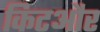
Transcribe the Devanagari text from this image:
किटऔर